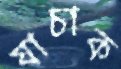
যাচাক